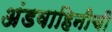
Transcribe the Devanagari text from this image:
अंडवाहिनीची